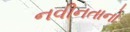
નવીનતાનો